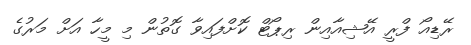
ރޭޑިއޯ ފްރީ އޭޝިއާއިން ރިޕޯޓް ކޮށްފައިވާ ގޮތުން މި މީހާ އަށް މަރުގެ